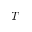
T